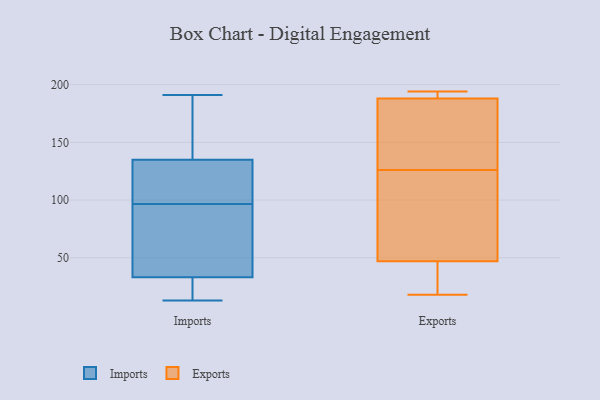
{"axis": {"x": "Production Output", "y": "Value"}, "legend": ["Exports", "Imports"], "data": [{"x": "", "y": 128, "type": "Imports"}, {"x": "", "y": 141, "type": "Imports"}, {"x": "", "y": 101, "type": "Imports"}, {"x": "", "y": 135, "type": "Imports"}, {"x": "", "y": 184, "type": "Imports"}, {"x": "", "y": 24, "type": "Imports"}, {"x": "", "y": 126, "type": "Imports"}, {"x": "", "y": 33, "type": "Imports"}, {"x": "", "y": 157, "type": "Imports"}, {"x": "", "y": 24, "type": "Imports"}, {"x": "", "y": 38, "type": "Imports"}, {"x": "", "y": 92, "type": "Imports"}, {"x": "", "y": 18, "type": "Imports"}, {"x": "", "y": 49, "type": "Imports"}, {"x": "", "y": 13, "type": "Imports"}, {"x": "", "y": 124, "type": "Imports"}, {"x": "", "y": 191, "type": "Imports"}, {"x": "", "y": 83, "type": "Imports"}, {"x": "", "y": 134, "type": "Exports"}, {"x": "", "y": 118, "type": "Exports"}, {"x": "", "y": 64, "type": "Exports"}, {"x": "", "y": 47, "type": "Exports"}, {"x": "", "y": 188, "type": "Exports"}, {"x": "", "y": 39, "type": "Exports"}, {"x": "", "y": 194, "type": "Exports"}, {"x": "", "y": 81, "type": "Exports"}, {"x": "", "y": 193, "type": "Exports"}, {"x": "", "y": 141, "type": "Exports"}, {"x": "", "y": 188, "type": "Exports"}, {"x": "", "y": 43, "type": "Exports"}, {"x": "", "y": 134, "type": "Exports"}, {"x": "", "y": 18, "type": "Exports"}]}